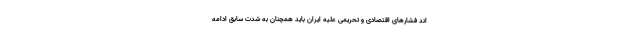
اند فشارهای اقتصادی و تحریمی علیه ایران باید همچنان به شدت سابق ادامه